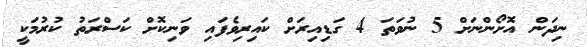
ނިދަން އޮށޯންނަށް 5 ނުވަތަ 4 ގަޑިއިރަށް ކައިރިވެފައި ވަނިކޮށް ކަސްރަތު ކުރުމަކީ